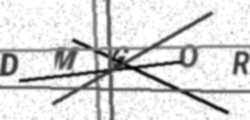
Text: DMGOR